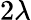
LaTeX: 2\lambda